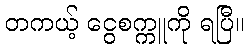
တကယ့် ငွေစက္ကူကို ရပြီ။